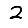
Digit: 2